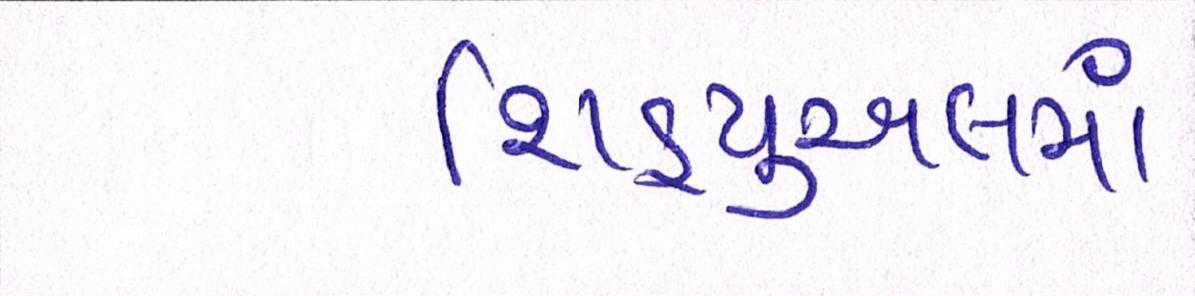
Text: શિડ્યુઅલમાં